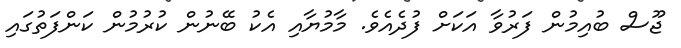
ޖޫސް ބުއިމުން ފަރުވާ އަކަށް ފުދެއެވެ. މާމުޔާއި އެކު ބޭނުން ކުރުމުން ކަންފަތުގައި